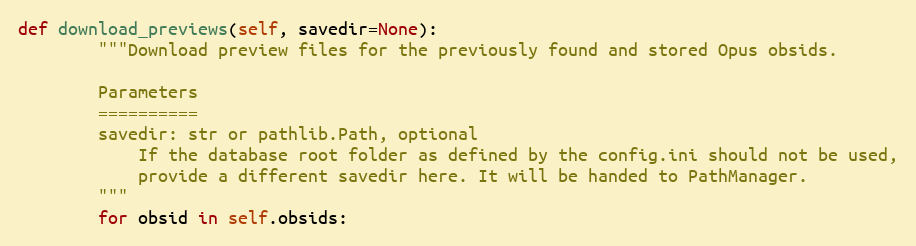
Language: Python
def download_previews(self, savedir=None):
        """Download preview files for the previously found and stored Opus obsids.

        Parameters
        ==========
        savedir: str or pathlib.Path, optional
            If the database root folder as defined by the config.ini should not be used,
            provide a different savedir here. It will be handed to PathManager.
        """
        for obsid in self.obsids: